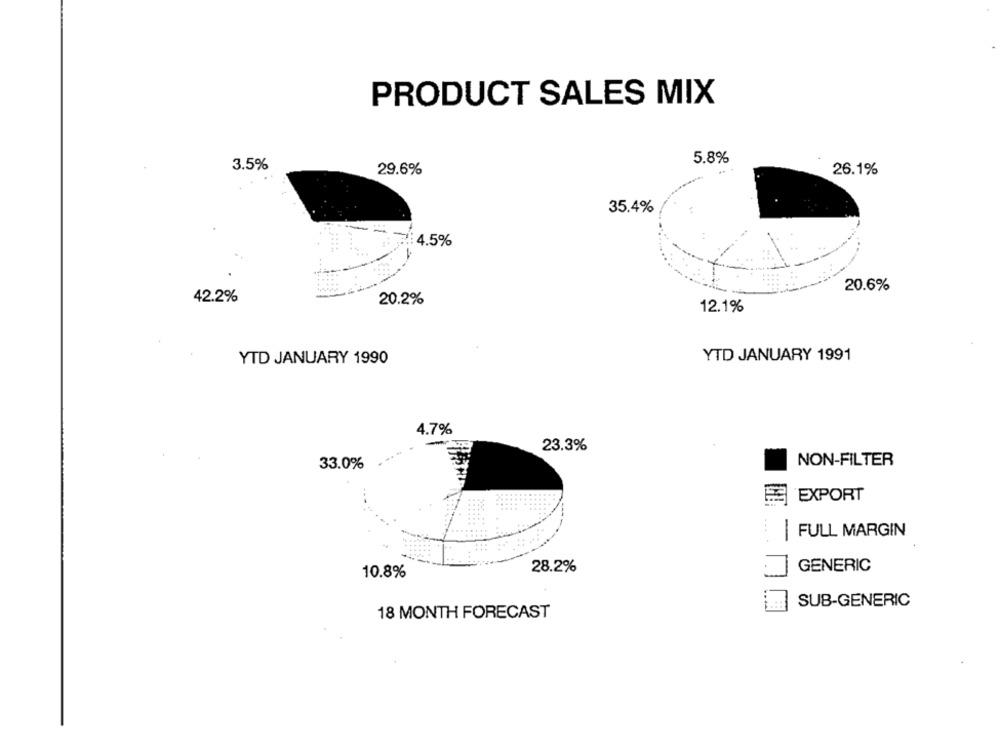
PRODUCT SALES MIX
5.8%
3.5%
29.6%
26.1%
35.4%
4.5%
20.6%
42.2%
20.2%
12.1%
YTD JANUARY 1990
YTD JANUARY 1991
4.7%
23.3%
33.0%
NON-FILTER
EXPORT
FULL MARGIN
28.2%
GENERIC
10.8%
SUB-GENERIC
18 MONTH FORECAST